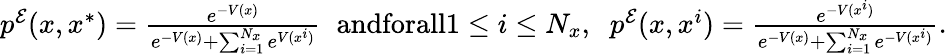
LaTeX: \begin{array}{r}{p^{\mathcal{E}}(x,x^{*})=\frac{e^{-V(x)}}{e^{-V(x)}+\sum_{i=1}^{N_{x}}e^{V(x^{i})}}\; \; \textrm{andforall}1\leq i\leq N_{x},\; \; p^{\mathcal{E}}(x,x^{i})=\frac{e^{-V(x^{i})}}{e^{-V(x)}+\sum_{i=1}^{N_{x}}e^{-V(x^{i})}}.}\end{array}